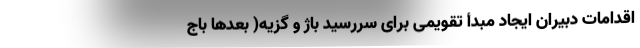
اقدامات دبیران ایجاد مبدأ تقویمی برای سررسید باژ و گزیه( بعدها باج